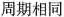
周期相同